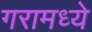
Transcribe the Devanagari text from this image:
गरामध्ये